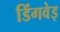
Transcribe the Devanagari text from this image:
डिंगवेइ